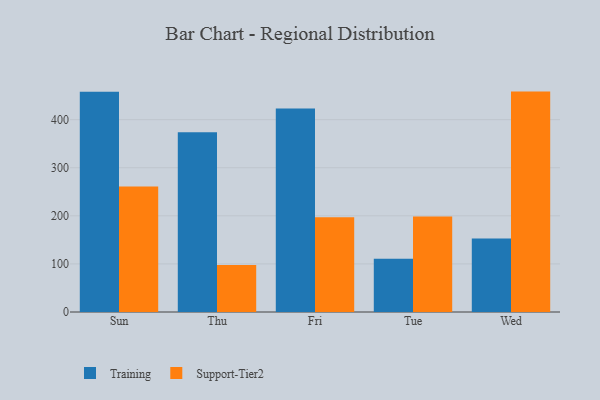
{"axis": {"x": "Day", "y": "Shipments"}, "legend": ["Support-Tier2", "Training"], "data": [{"x": "Sun", "y": 457.9, "type": "Training"}, {"x": "Sun", "y": 261.0, "type": "Support-Tier2"}, {"x": "Thu", "y": 373.8, "type": "Training"}, {"x": "Thu", "y": 97.9, "type": "Support-Tier2"}, {"x": "Fri", "y": 423.1, "type": "Training"}, {"x": "Fri", "y": 197.3, "type": "Support-Tier2"}, {"x": "Tue", "y": 111.0, "type": "Training"}, {"x": "Tue", "y": 198.8, "type": "Support-Tier2"}, {"x": "Wed", "y": 152.9, "type": "Training"}, {"x": "Wed", "y": 458.4, "type": "Support-Tier2"}]}